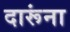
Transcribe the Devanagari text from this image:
दारूंना